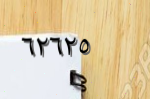
٦٢٦٢٥